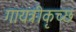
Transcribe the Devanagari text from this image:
गायत्रीकृच्छ